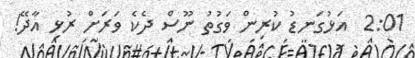
2:01  އަޅުގަނޑު ކުރިން ވަގުތު ނޫސް ދެކެ ވަރަށް ރުޅި އާދޭ!